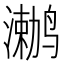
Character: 𲎅